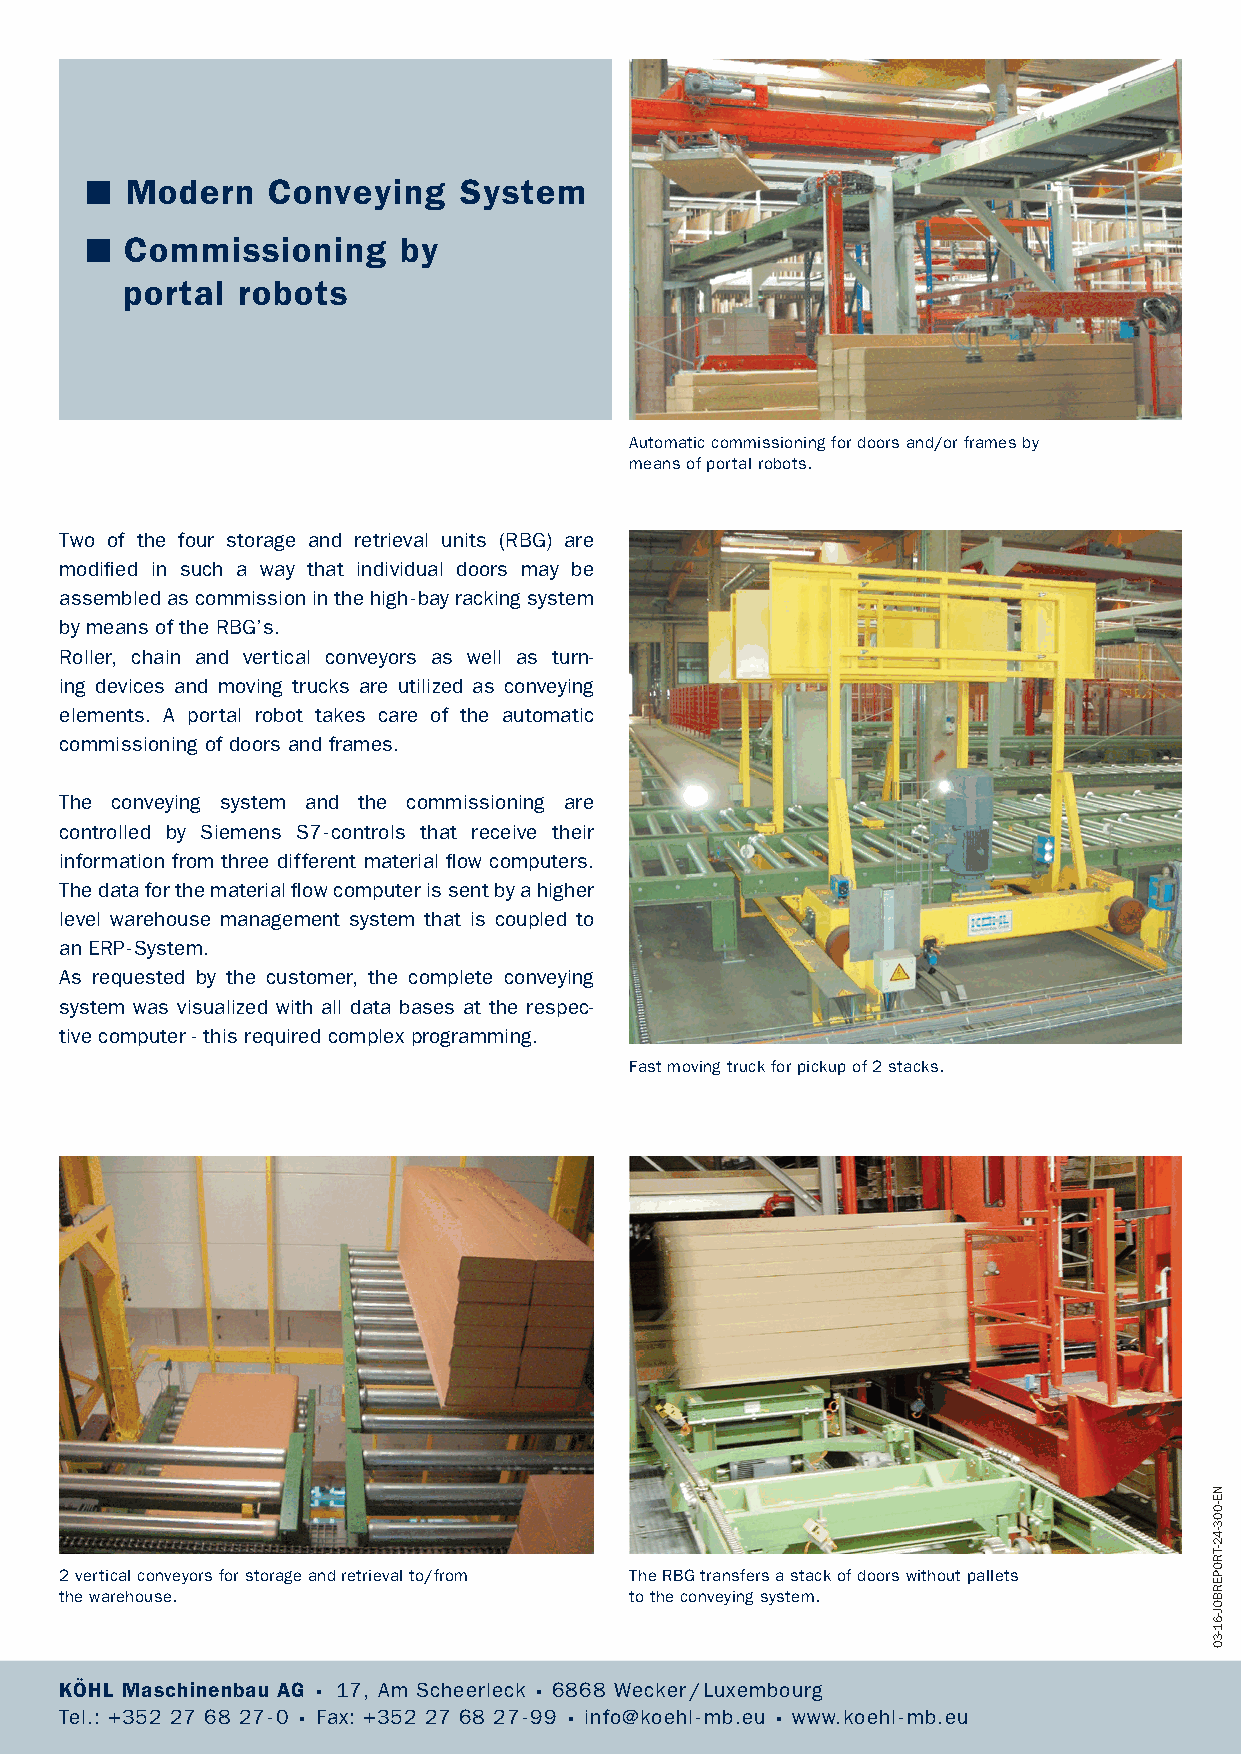
■ Modern    Conveying   System
 ■ Commissioning      by
 portal  robots
 Automatic commissioning for doors and/or frames by
 means of portal robots.
 Two of the four storage and retrieval units (RBG) are
 modified in such a way that individual doors may be
 assembled as commission in the high-bay racking system
 by means of the RBG’s.
 Roller, chain and vertical conveyors as well as turn-
 ing devices and moving trucks are utilized as conveying
 elements. A portal robot takes care of the automatic
 commissioning of doors and frames.
 The conveying system and the commissioning are
 controlled by Siemens S7-controls that receive their
 information from three different material flow computers.
 The data for the material flow computer is sent by a higher
 level warehouse management system that is coupled to
 an ERP-System.
 As requested by the customer, the complete conveying
 system was visualized with all data bases at the respec-
 tive computer - this required complex programming.
 Fast moving truck for pickup of 2 stacks.
 2 vertical conveyors for storage and retrieval to/from The RBG transfers a stack of doors without pallets
 the warehouse.                        to the conveying system.
 KÖHL Maschinenbau AG . 17, Am Scheerleck . 6868 Wecker/Luxembourg
 Tel.: +352 27 68 27-0 . Fax: +352 27 68 27-99 . info@koehl-mb.eu . www.koehl-mb.eu
 NE-003-42-TROPERBOJ-61-30